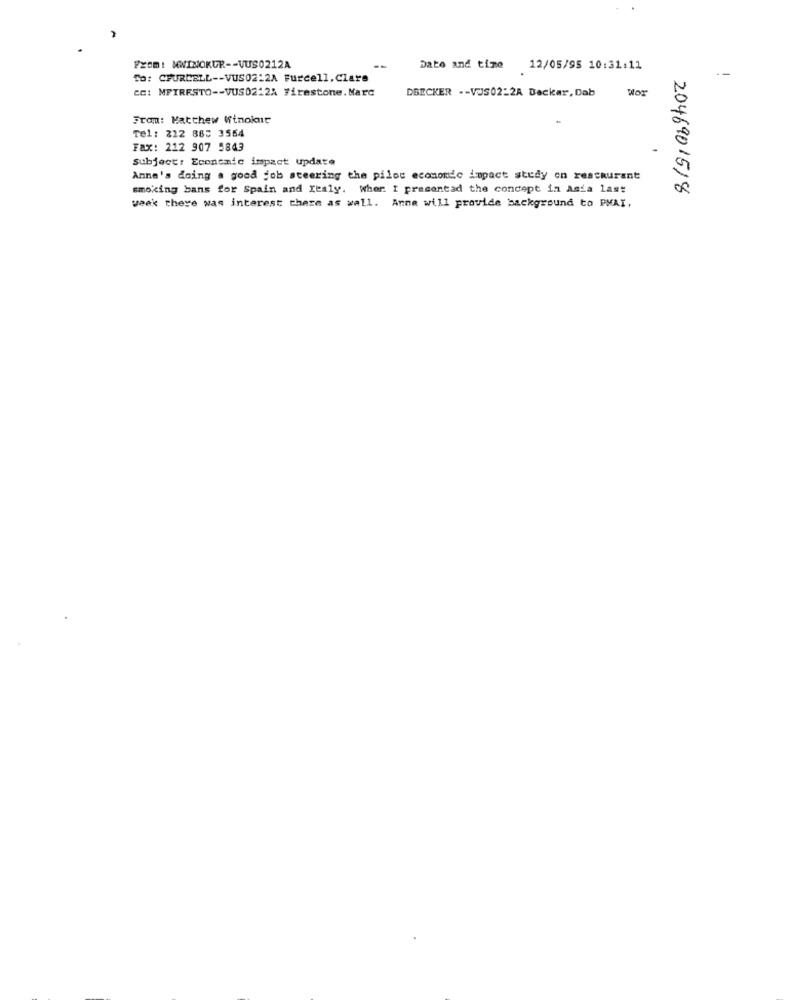
From: MWINOKUR -- VUS0212A
Date and time
12/05/95 10:31:11
--
To: CFURCELL -- VUS02:2A Furcell.Clare
cc: MFIRESTO -- VUS0212A Firestone.Marc
DBECKER -- VJS02-2A Deckar, Dab
From: Matthew Winokur
Tel: 222 885 3564
Fax: 212 907 5843
Subject: Economic impact update
Anne's doing a good job steering the pilot economic impact study on restaurant
smoking bans for Spain and Italy. Wher. I pracantad the concept in Asia last
2046901518
week there was interest there as wall. Anne will provide background to PMAI,